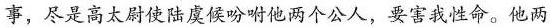
事，尽是高太尉使陆虞候吩咐他两个公人，要害我性命。他两